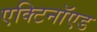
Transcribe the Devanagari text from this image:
एक्टिनॉएड